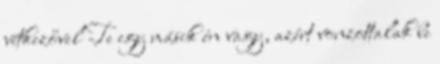
vétkezővel Te egy másik én vagy, azért vonzottalak be